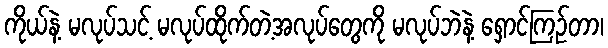
ကိုယ်နဲ့ မလုပ်သင့် မလုပ်ထိုက်တဲ့အလုပ်တွေကို မလုပ်ဘဲနဲ့ ရှောင်ကြဉ်တာ၊